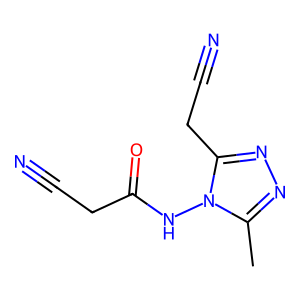
SMILES: Cc1nnc(CC#N)n1NC(=O)CC#N
Inhibits HIV replication: No